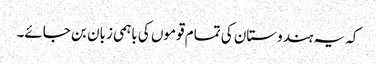
کہ یہ ہندوستان کی تمام قوموں کی باہمی زبان بن جائے۔